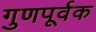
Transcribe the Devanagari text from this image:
गुणपूर्वक